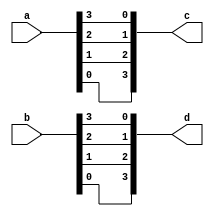
`timescale 1ns/1ns
module function_mod(
	input [3:0]a,
	input [3:0]b,
	
	output [3:0]c,
	output [3:0]d
);
	assign c = data_rvs(a);
	assign d = data_rvs(b);


function [3:0] data_rvs;
	input [3:0]data;
	integer i;
	begin
		for(i=0;i<=4;i=i+1)begin
			data_rvs[3-i] = data[i];
		end
	end
endfunction
endmodule